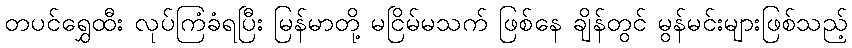
တပင်ရွှေထီး လုပ်ကြံခံရပြီး မြန်မာတို့ မငြိမ်မသက် ဖြစ်နေ ချိန်တွင် မွန်မင်းများဖြစ်သည့်